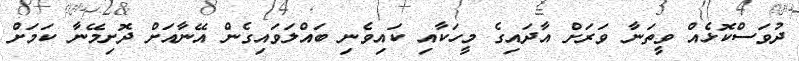
ދުވަސްކޮޅެއް ވީތަނާ ވަރަށް އާދައިގެ މީހަކާއި ކައިވެނި ބައްލަވައިގެން އޭނާއަށް ދޮށިމޭނާ ކަމަށް